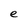
Character: e